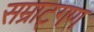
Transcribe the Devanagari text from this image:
सम्राट्गण